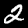
Digit: 2